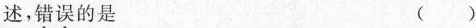
述，错误的是 ( )